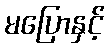
မပြောနှင့်